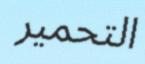
التحمير